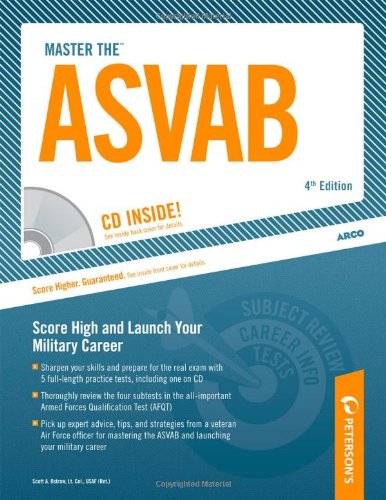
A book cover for Master The ASVAB: CD INSIDE; Score High and Launch Your Military Career (Peterson's Master the ASVAB (W/CD)); Scott A Ostrow; Test Preparation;